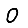
Digit: 0